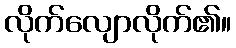
လိုက်လျောလိုက်၏။